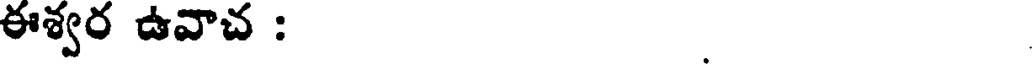
ఈశ్వర ఉవాచ :